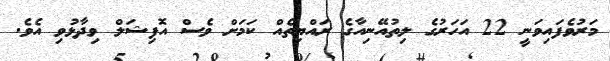
މަރުވެފައިވަނީ 22 އަހަރުގެ ލިތުއޭނިއާގެ ރައްޔިތެއް ކަމަށް ވެސް އޮފިޝަލް ވިދާޅުވި އެވެ.